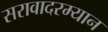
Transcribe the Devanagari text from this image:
सरावादरम्यान